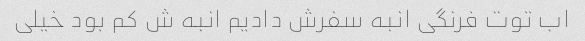
اب توت فرنگی انبه سفرش دادیم انبه ش کم بود خیلی